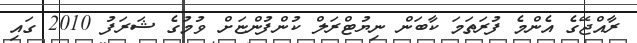
ރާއްޖޭގެ އެންމެ ފުރަތަމަ ކާބަން ނިޔުޓްރަލް ކުންފުންޏަށް ވުމުގެ ޝަރަފު 2010 ގައި